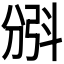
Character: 𣁺